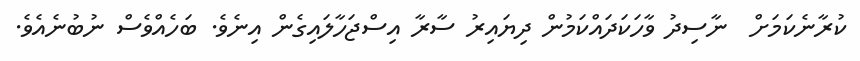
ކުރާނެކަމަށް  ނާސިދު ވާހަކަދައްކަމުން ދިޔައިރު ސާރާ އިސްޖަހާލައިގެން އިނެވެ. ބަހެއްވެސް ނުބުނެއެވެ.